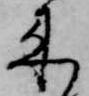
来